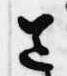
送